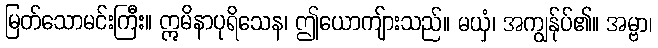
မြတ်သောမင်းကြီး။ ဣမိနာပုရိသေန၊ ဤယောကျ်ားသည်။ မယှံ၊ အကျွန်ုပ်၏။ အမ္ဗာ၊